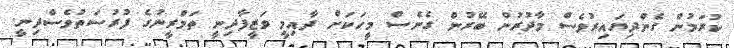
ކުރަމުން ގެންދިޔައިރުވެސް މާދުރުން ބޭރުން ގެނެސް މީހަކަށް ދާއިމީ ވަޒީފާދިނީ ތަމްރީނުގެ ފުރުސަތުވެސްދިނީ.